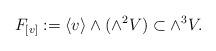
LaTeX: \begin{align*} F_{[v]}:=\langle v\rangle\wedge(\wedge^2 V)\subset \wedge^3 V. \end{align*}